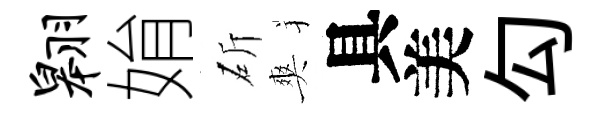
翱姢斫爽具美勾